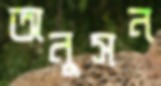
অনুসন